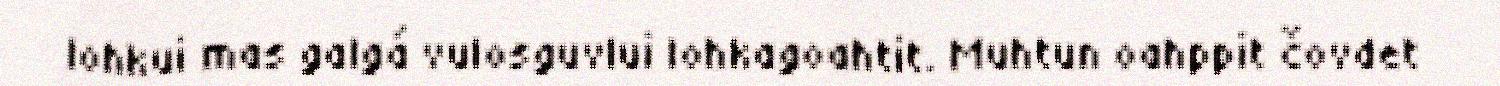
lohkui mas galgá vulosguvlui lohkagoahtit. Muhtun oahppit čovdet